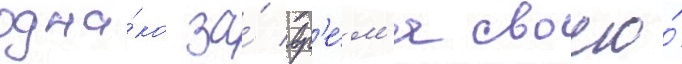
одна́ко за́ вр'е́м'я своего́